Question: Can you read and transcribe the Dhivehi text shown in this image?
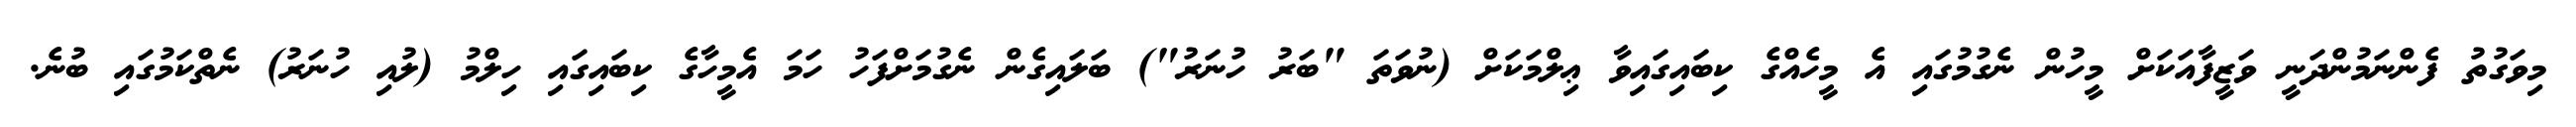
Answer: މިވަގުތު ފެންނަމުންދަނީ ވަޒީފާއަކަށް މީހުން ނެގުމުގައި އެ މީހެއްގެ ކިބައިގައިވާ ޢިލްމަކަށް (ނުވަތަ "ބަރު ހުނަރު") ބަލައިގެން ނެގުމަށްފަހު ހަމަ އެމީހާގެ ކިބައިގައި ހިލްމު (ލުއި ހުނަރު) ނެތްކަމުގައި ބުނެ.